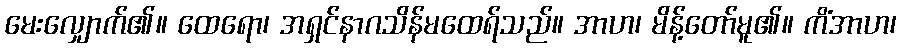
မေးလျှောက်၏။ ထေရော၊ အရှင်နာဂသိန်မထေရ်သည်။ အာဟ၊ မိန့်တော်မူ၏။ ကိံအာဟ၊